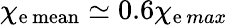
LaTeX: \chi_{\mathrm{e}\, \mathrm{{m\mathrm{e}an}}}\simeq0.6\chi_{\mathrm{e}\, max}